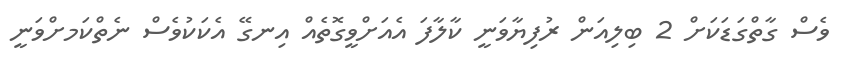
ވެސް ގާތްގަޑަކަށް 2 ބިލިއަން ރުފިޔާވަނީ ކާލާފަ އެއަށްވީގޮތެއް އިނގޭ އެކަކުވެސް ނެތްކަމށްވަނީ